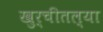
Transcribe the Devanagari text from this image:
खुर्चीतल्या